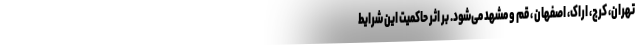
تهران، کرج، اراک، اصفهان ، قم و مشهد می‌شود. بر اثر حاکمیت این شرایط